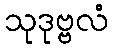
သုဒုဗ္ဗလံ